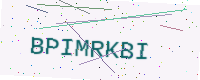
Text: BPIMRKBI